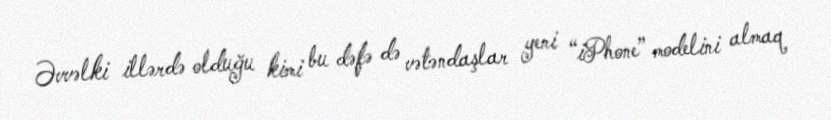
Əvvəlki illərdə olduğu kimi bu dəfə də vətəndaşlar yeni “iPhone” modelini almaq